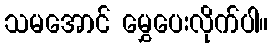
သမအောင် မွှေပေးလိုက်ပါ။